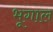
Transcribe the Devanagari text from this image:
भूगाल